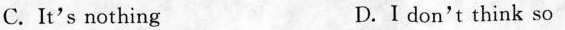
C. It's nothing D.I don't think so